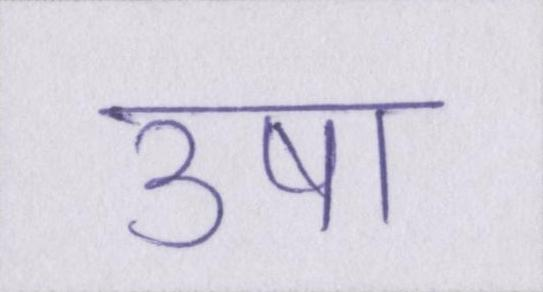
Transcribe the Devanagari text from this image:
उषा